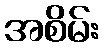
အစိမ်း